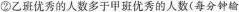
② 乙班优秀的人数多于甲班优秀的人数 ( 每分钟